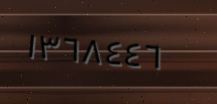
١٣٦٨٤٤٦